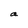
Character: a